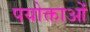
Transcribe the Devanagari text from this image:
पयोक्ताओं